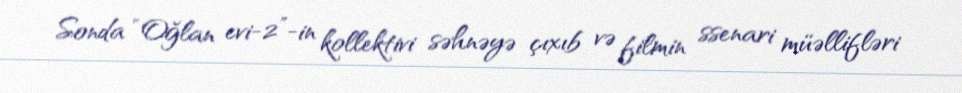
Sonda “Oğlan evi-2”-in kollektivi səhnəyə çıxıb və filmin ssenari müəllifləri